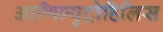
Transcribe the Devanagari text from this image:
आणिन्युट्रोहिलिस